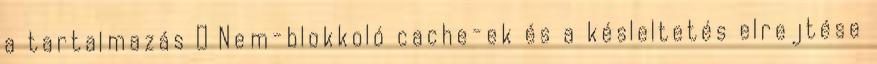
a tartalmazás ● Nem-blokkoló cache-ek és a késleltetés elrejtése